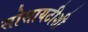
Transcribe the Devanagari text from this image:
सोसायटीशी